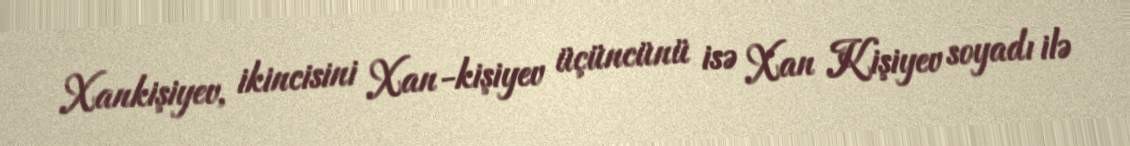
Xankişiyev, ikincisini Xan-kişiyev üçüncünü isə Xan Kişiyev soyadı ilə